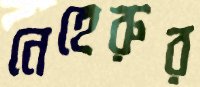
নেহেরুর